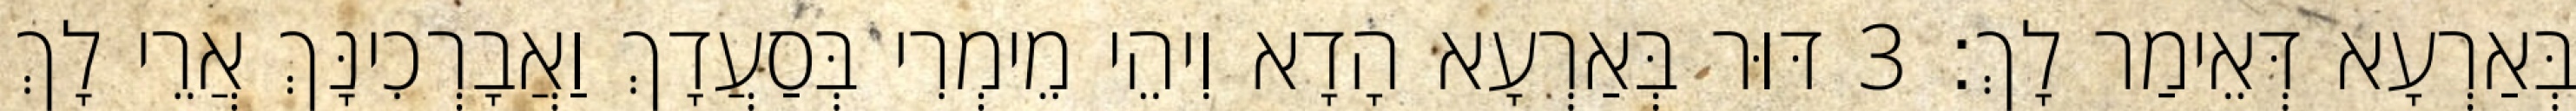
בְּאַרְעָא דְּאֵימַר לָךְ׃ 3 דּוּר בְּאַרְעָא הָדָא וִיהֵי מֵימְרִי בְּסַעֲדָךְ וַאֲבָרְכִינָּךְ אֲרֵי לָךְ